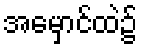
အမှောင်ထဲ၌